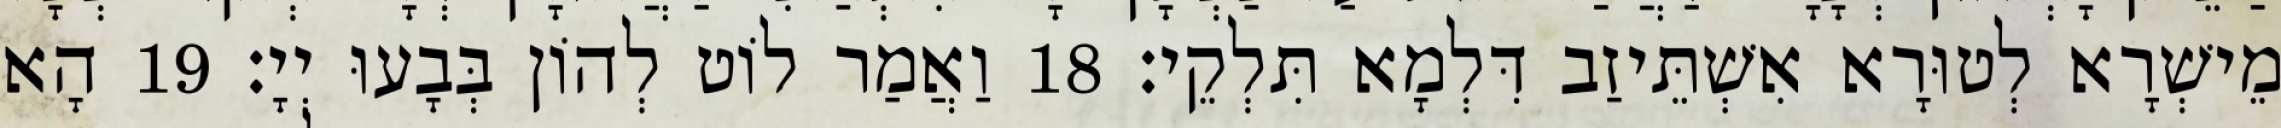
מֵישְׁרָא לְטוּרָא אִשְׁתֵּיזַב דִּלְמָא תִּלְקֵי׃ 18 וַאֲמַר לוֹט לְהוֹן בְּבָעוּ יְיָ׃ 19 הָא